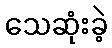
သေဆုံးခဲ့